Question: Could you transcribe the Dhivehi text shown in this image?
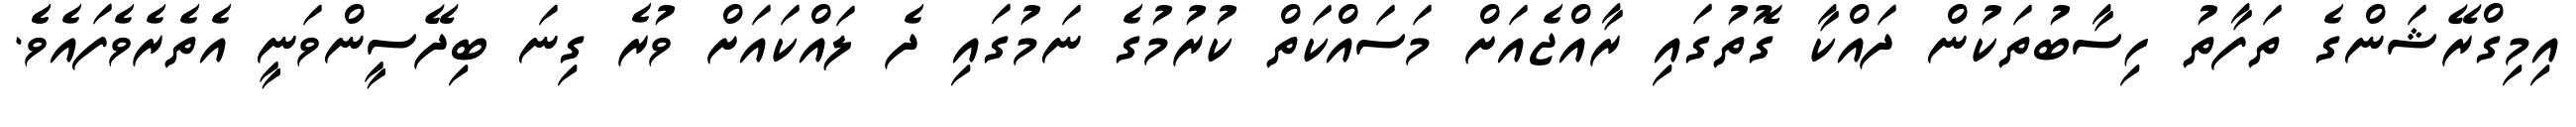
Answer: އިމިގްރޭޝަންގެ ތަފާތު ހިސާބުތަކުން ދައްކާ ގޮތުގައި ރާއްޖެއަށް މަސައްކަތް ކުރުމުގެ ނަމުގައި ދެ ލައްކައަށް ވުރެ ގިނަ ބިދޭސީންވަނީ އެތެރެވެފައެވެެ.